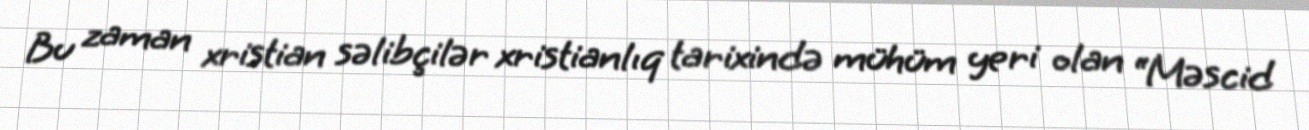
Bu zaman xristian səlibçilər xristianlıq tarixində mühüm yeri olan “Məscid